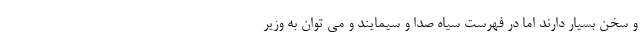
و سخن بسیار دارند اما در فهرست سیاه صدا و سیمایند و می توان به وزیر